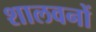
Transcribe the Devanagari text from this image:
शालवनों